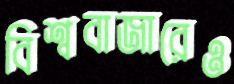
বিশ্ববাজারেও